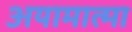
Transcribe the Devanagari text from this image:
अयामात्मा